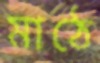
মাঠে